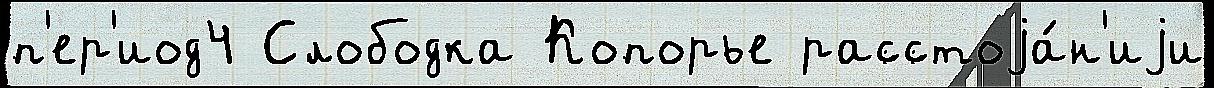
п'ер'иод4 Слободка Копорье расстоjа́н'иjи